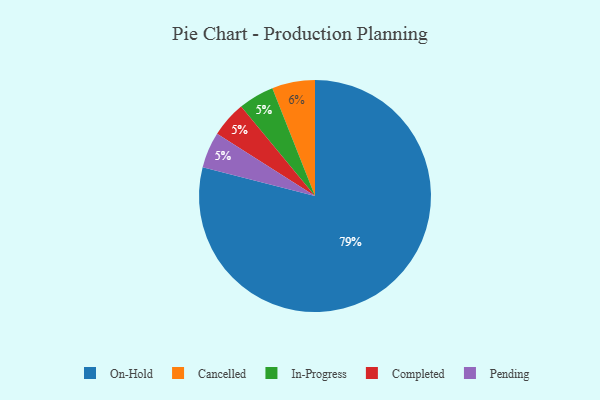
{"axis": {"x": "Category", "y": "Percentage"}, "legend": ["Cancelled", "Completed", "In-Progress", "On-Hold", "Pending"], "data": [{"x": "On-Hold", "y": 79, "type": "On-Hold"}, {"x": "In-Progress", "y": 5, "type": "In-Progress"}, {"x": "Completed", "y": 5, "type": "Completed"}, {"x": "Cancelled", "y": 6, "type": "Cancelled"}, {"x": "Pending", "y": 5, "type": "Pending"}]}